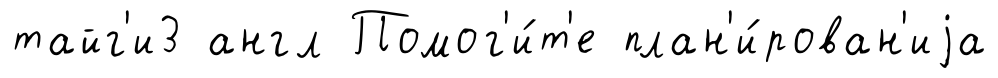
тайг'и3 англ Помог'и́т'е план'и́рован'иjа